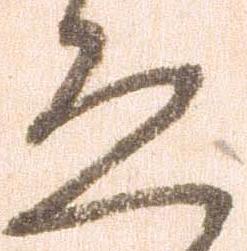
ゑ